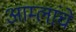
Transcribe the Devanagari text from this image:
आम्लांचे